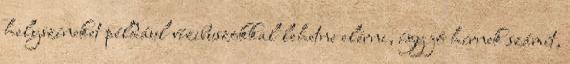
helyszíneket például vízibuszokkal lehetne elérni, így jó hírnek számít,